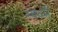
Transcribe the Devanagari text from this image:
स्वधर्मे